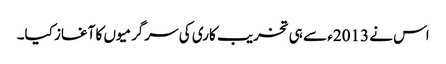
اس نے 2013ء سے ہی تخریب کاری کی سرگرمیوں کا آغاز کیا۔